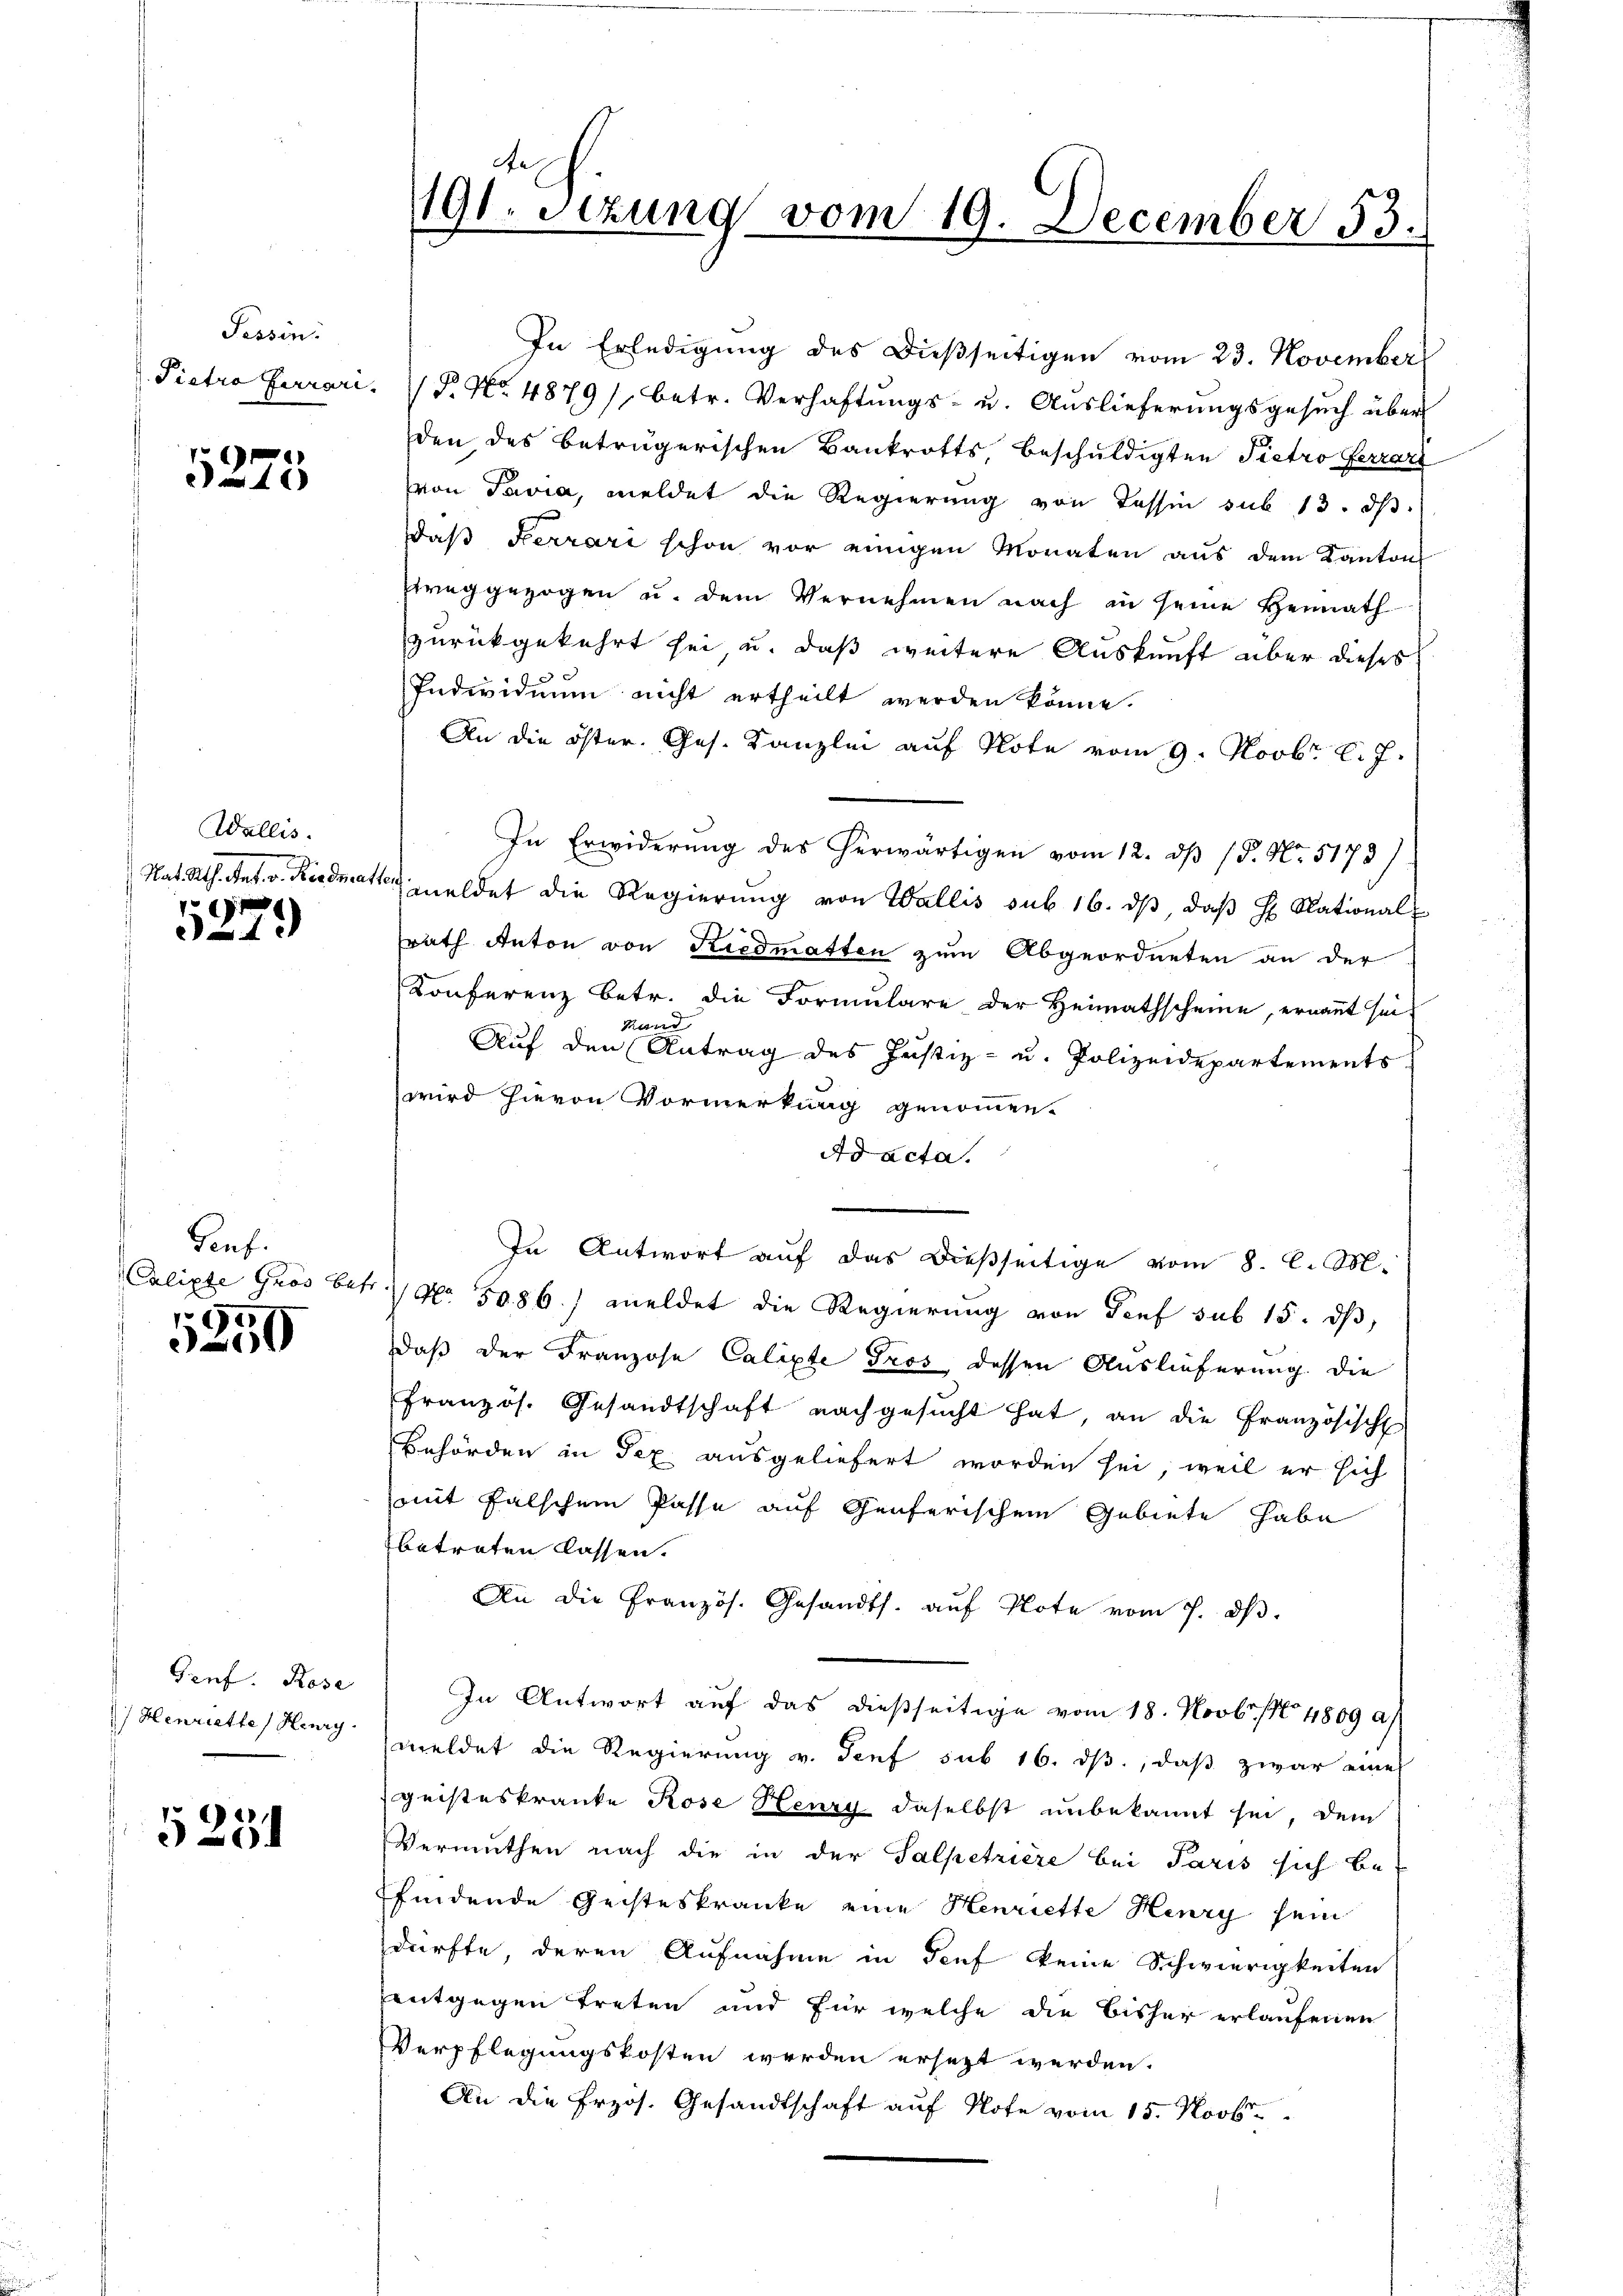
Tessin.

.
a

Wallis.
Nat Rth. Jes. v. Riedmat
r

1

Genf.
Calipte Gros betr.

1250

Genf. Rose
Henriettes Henry.

5251

191. Setzung vom 19. December 53.

In Erledigung des Dießseitigen vom 23. November
Pietro farrari.  P. Nr. 4879), betr. Verhaftŭngs- u. Aŭslieferŭngsgesŭch über
den des beträgerischen Bankrotts, beschuldigten Pietro Ferrari
von Pavia, meldet die Regierung von Tessin sub 13. ds.
daß Ferrari schon vor einigen Monaten aus dem Kantons
weggezogen u. dem Vernehmen nach in seine Heimath
zurückgekehrt sei u. daß weitere Auskunft über dieses
Individuum nicht ertheilt werden könne.
An die öster. Ges. Kanzlei auf Note vom 9. Novbr. l. J.
In Erwiderung des herwärtigen vom 12. dß /5. No. 5173)
 meldet die Regierung von Wallis sub 16. dβ, daβ h National
rath Anton von Riedmatten zum Abgeordneten an der
Konferenz betr. die Formulare der Heimathscheine, ernannt sei,
Hand
Aŭf den Antrag des Justiz- u. Polizeidepartements
wird hievon Vormerkung genommen.
Ad acta.
In Antwort auf das dießseitige vom 8. C. M.
 No. 5086.) meldet die Regierung von Genf sub 15. dβ,
daß der Franzose Calipte Gros, dessen Auslieferung die
französ. Gesandtschaft nachgesŭcht hat, an die Französisch
Behörden in Tex ausgeliefert worden sei, weil er sich
mit falschem Pässe auf Genferischen Gebiete habe
betreten lassen.
An die Französ. Gesandts. aŭf Note vom 7. dβ.
In Antwort auf das dießseitige vom 18. Novbr. 14809 a
meldet die Regierung v. Senf sub 16. ds, daß zwar eine
geisteskranke Rose Henry daselbst unbekannt sei, dem
Vermuthen nach die in der Salpetriere bei Paris sich be-
findende Geisteskranke eine Henriette Henry sein
dürfte deren Aufnahme in Teuf keine Schwierigkeiten
entgegen treten und für welche die bisher erlaufenen
Verpflegungskosten werden ersezt werden.
An die frzös. Gesandtschaft auf Note vom 15. Novbr.